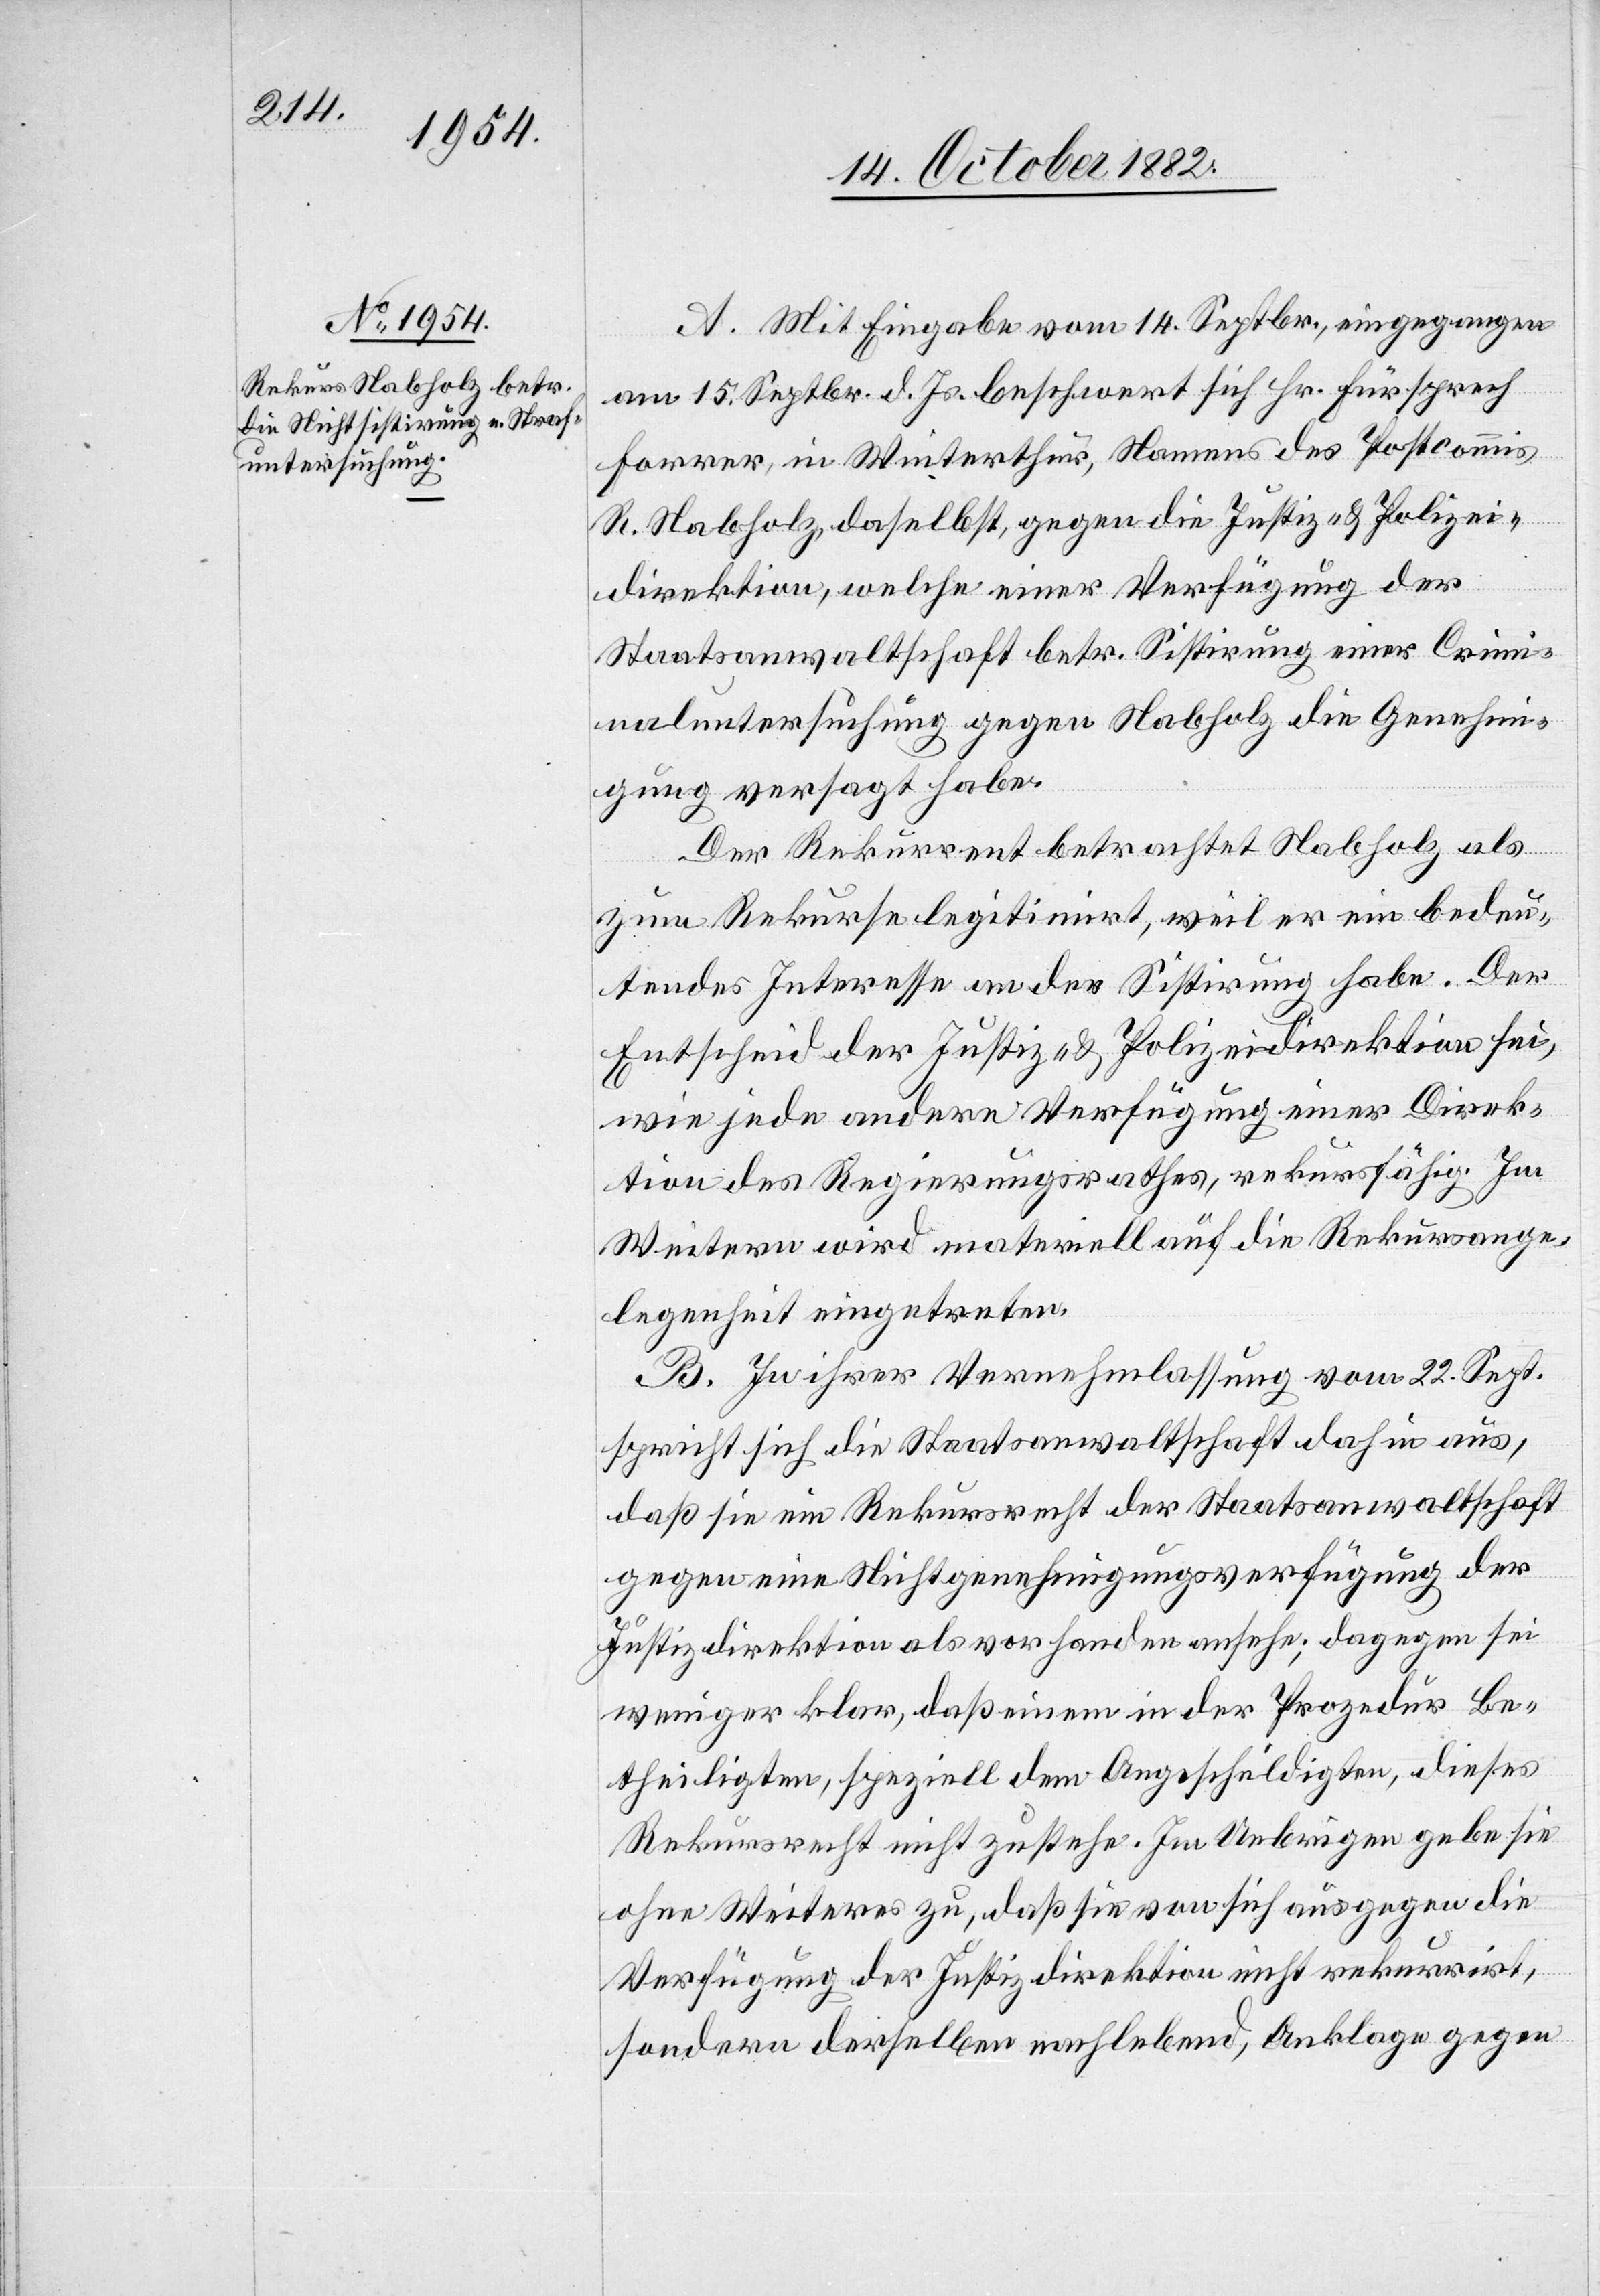
A. Mit Eingabe vom 14. Septbr., eingegangen
am 15. Septbr. d. Js. beschwert sich Hr. Fürsprech
Forrer, in Winterthur, Namens des Postcommis
R. Nabholz, daselbst, gegen die Justiz- & Polizei¬
direktion, welche einer Verfügung der
Staatsanwaltschaft betr. Sistirung einer Crimi¬
naluntersuchung gegen Nabholz die Genehmi¬
gung versagt habe.
Der Rekurrent betrachtet Nabholz als
zum Rekurse legitimirt, weil er ein bedeu¬
tendes Interesse an der Sistirung habe. Der
Entscheid der Justiz- & Polizeidirektion sei,
wie jede andere Verfügung einer Direk¬
tion des Regierungsrathes, rekursfähig. Im
Weitern wird materiell auf die Rekursange¬
legenheit eingetreten.
B. In ihrer Vernehmlassung vom 22. Sept.
spricht sich die Staatsanwaltschaft dahin aus,
daß sie ein Rekursrecht der Staatsanwaltschaft
gegen eine Nichtgenehmigungsverfügung der
Justizdirektion als vorhanden ansehe; dagegen sei
weniger klar, daß einem in der Prozedur Be¬
theiligten, speziell dem Angeschuldigten, dieses
Rekursrecht nicht zustehe. Im Uebrigen gebe sie
ohne Weiteres zu, daß sie von sich aus gegen die
Verfügung der Justizdirektion nicht rekurrirt,
sondern derselben nachlebend, Anklage gegen